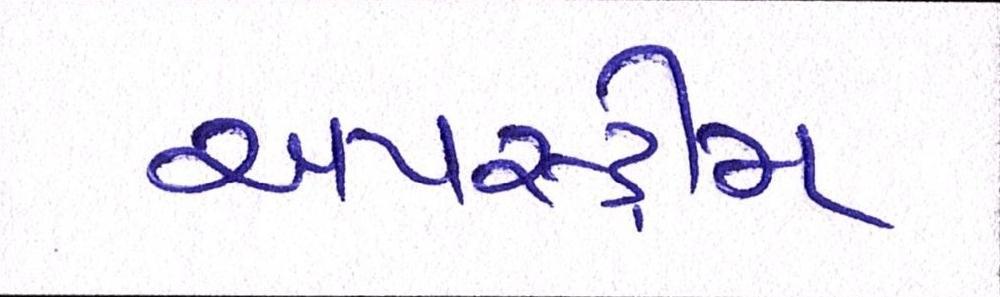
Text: અપસ્ટ્રીમ